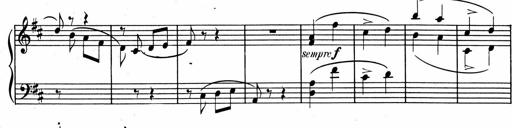
Title: 1Ã¨re Sonatine
Composer: FrÃ©dÃ©ric Binet